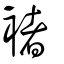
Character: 褚